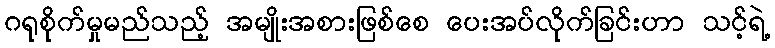
ဂရုစိုက်မှုမည်သည့် အမျိုးအစားဖြစ်စေ ပေးအပ်လိုက်ခြင်းဟာ သင့်ရဲ့